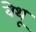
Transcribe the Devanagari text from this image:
वेथू